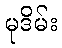
မုဒိမ်း